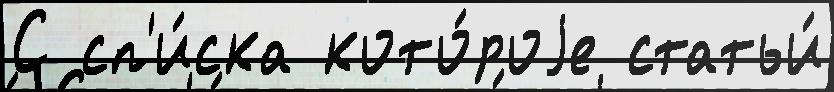
С сп'и́ска кото́роjе статьи́